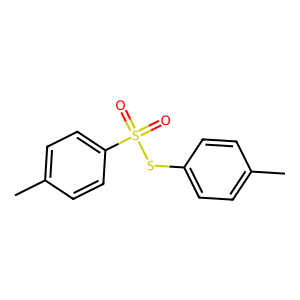
SMILES: Cc1ccc(SS(=O)(=O)c2ccc(C)cc2)cc1
Inhibits HIV replication: No